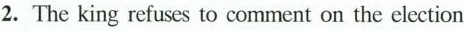
2.The king refuses to comment on the election